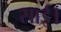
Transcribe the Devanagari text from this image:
साई।